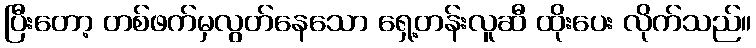
ပြီးတော့ တစ်ဖက်မှလွတ်နေသော ရှေ့တန်းလူဆီ ထိုးပေး လိုက်သည်။